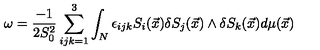
\omega = \frac { - 1 } { 2 S _ { 0 } ^ { 2 } } \sum _ { i j k = 1 } ^ { 3 } \int _ { N } \epsilon _ { i j k } S _ { i } ( \vec { x } ) \delta S _ { j } ( \vec { x } ) \wedge \delta S _ { k } ( \vec { x } ) d \mu ( \vec { x } )